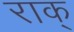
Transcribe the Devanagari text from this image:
राक्‌